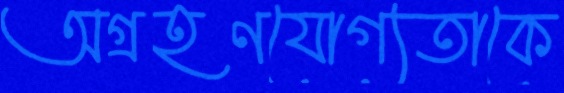
অগ্রহণযোগ্যতাকে